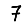
Digit: 7